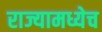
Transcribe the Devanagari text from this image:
राज्यामध्येच